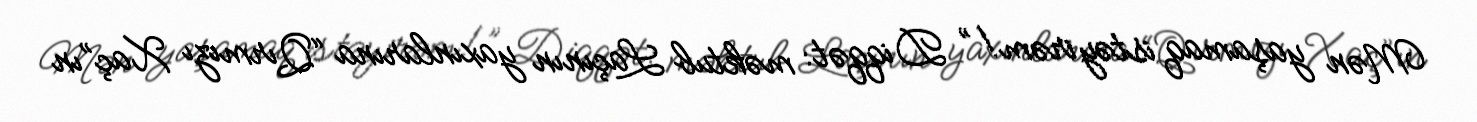
Mən yaşamaq istəyirəm!” Diqqət: məktub Laçının yaxınlarına “Qırmızı Xaç”ın